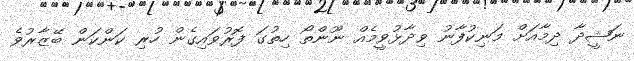
ނަޝީދާ ދިމާއަށް މަނިކުފާނު ވިދާޅުވީމެއް ނޫންތޯ ހިތުގަ ފޮރުވައިގެން ހުރި ކަންކަން ބޭޒާރުވެ